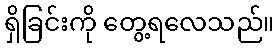
ရှိခြင်းကို တွေ့ရလေသည်။